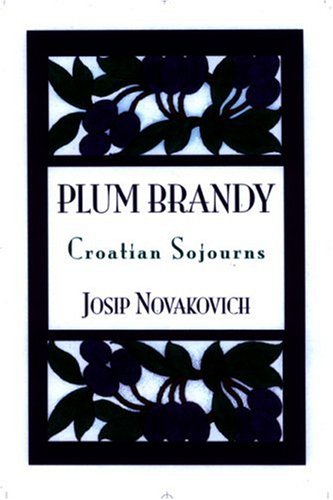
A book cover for Plum Brandy: Croatian Journeys (Terra Incognita Series, 7); Josip Novakovich; Travel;